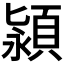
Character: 𬱄